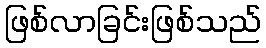
ဖြစ်လာခြင်းဖြစ်သည်